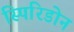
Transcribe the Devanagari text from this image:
स्पिरिडोन